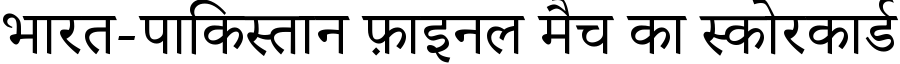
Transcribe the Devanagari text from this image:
भारत-पाकिस्तान फ़ाइनल मैच का स्कोरकार्ड